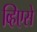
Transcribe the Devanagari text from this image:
व्हिएसे